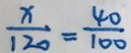
\frac { x } { 1 2 0 } = \frac { 4 0 } { 1 0 0 }